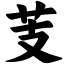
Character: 芰